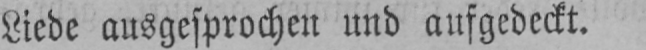
Liede ausgesprochen und aufgedeckt.